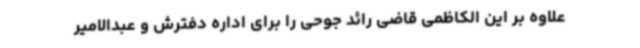
علاوه بر این الکاظمی قاضی رائد جوحی را برای اداره دفترش و عبدالامیر